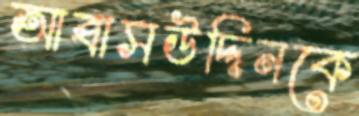
আব্বাসউদ্দিনকে